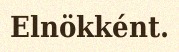
Elnökként.